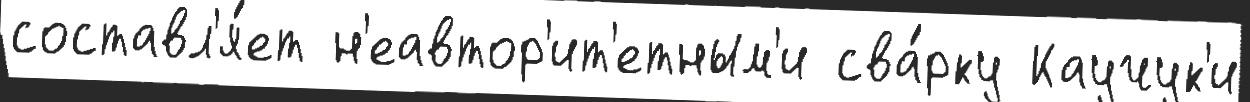
составл'я́ет н'еавтор'ит'етным'и сва́рку Каучук'и